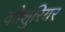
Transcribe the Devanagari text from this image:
कोशुरियर